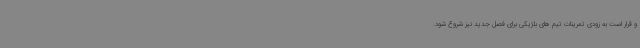
و قرار است به زودی تمرینات تیم های بلژیکی برای فصل جدید نیز شروع شود.